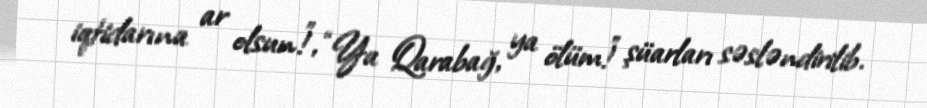
iqtidarına ar olsun!”, “Ya Qarabağ, ya ölüm!” şüarları səsləndirilib.